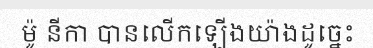
ម៉ូ នីកា បានលើកឡើងយ៉ាងដូច្នេះ